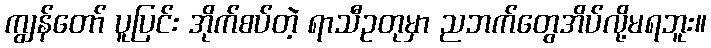
ကျွန်တော် ပူပြင်း အိုက်စပ်တဲ့ ရာသီဥတုမှာ ညဘက်တွေအိပ်လို့မရဘူး။